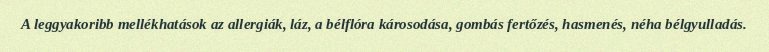
A leggyakoribb mellékhatások az allergiák, láz, a bélflóra károsodása, gombás fertőzés, hasmenés, néha bélgyulladás.